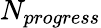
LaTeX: N_{progress}